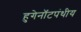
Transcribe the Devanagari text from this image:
हुगेनॉटपंथीय